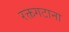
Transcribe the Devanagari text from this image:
रक्तगटाना